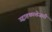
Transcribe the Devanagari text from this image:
उद्वाहकाशेजारी